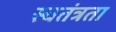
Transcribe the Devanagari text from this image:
स्चतंत्रता